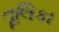
તૂલિકા